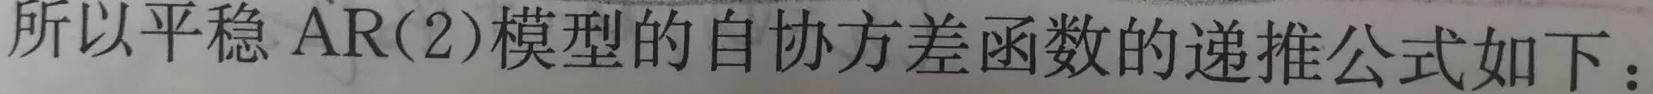
所以平稳 $\mathrm{AR}(2)$模型的自协方差函数的递推公式如下：